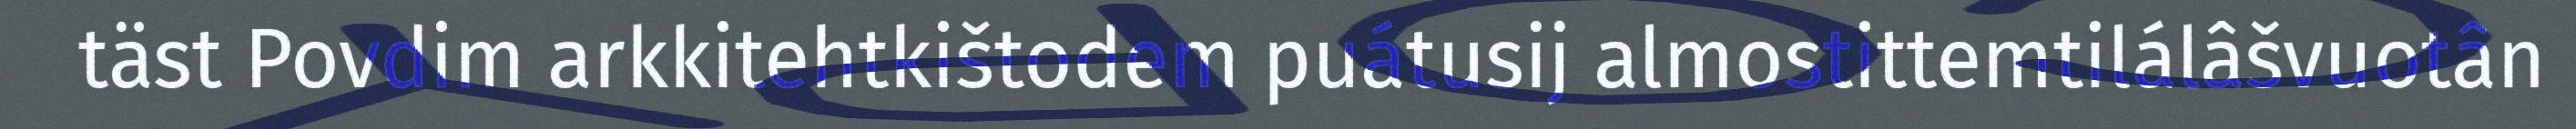
täst Povdim arkkitehtkištodem puátusij almostittemtilálâšvuotân